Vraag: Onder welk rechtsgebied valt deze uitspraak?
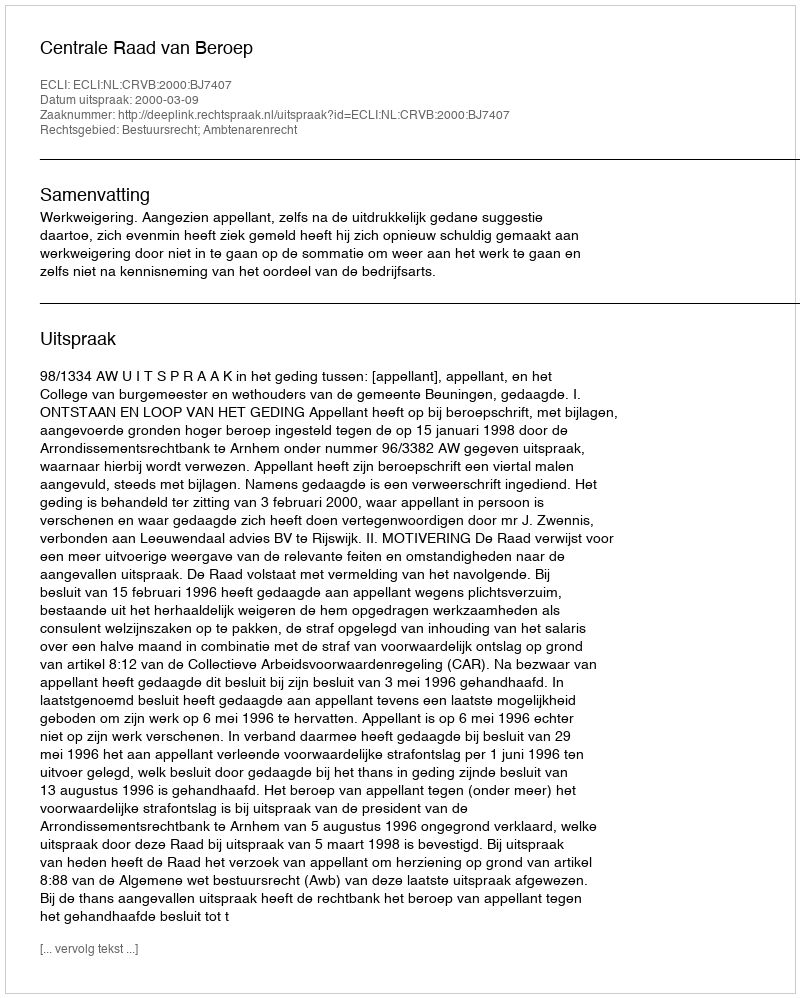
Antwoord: Bestuursrecht; Ambtenarenrecht